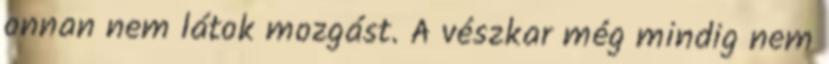
onnan nem látok mozgást. A vészkar még mindig nem